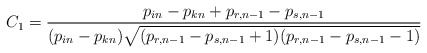
\begin{align*}C_1=\frac{p_{in}-p_{kn}+p_{r, n-1}-p_{s, n-1}}{ (p_{in}-p_{kn})\sqrt{ (p_{r, n-1}-p_{s, n-1}+1) (p_{r, n-1}-p_{s, n-1}-1)}}\end{align*}